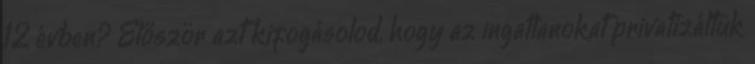
12 évben? Először azt kifogásolod, hogy az ingatlanokat privatizáltuk